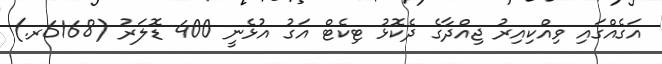
އަގެއްގައި ވިއްކިއިރު ޖިއްދާގެ ދެކޮޅު ޓިކެޓް އަގު އުޅެނީ 400 ޑޮލަރު (6168ރ.)